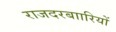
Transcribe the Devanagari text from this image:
राजदरबाारियों